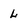
Character: L